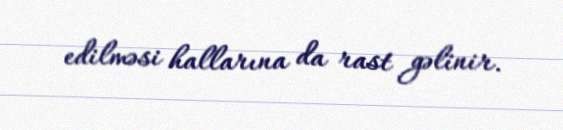
edilməsi hallarına da rast gəlinir.